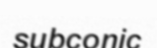
subconic